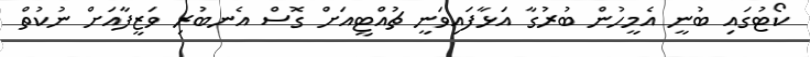
ކޯޓުގައި ބުނީ އެމީހުން ބުރުގާ އަޅާފައިވަނީ ޗުއްޓީއަށް ގޮސް އެނބުރި ވަޒީފާއަށް ނުކުތް